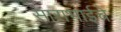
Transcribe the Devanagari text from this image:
साराभाईचे